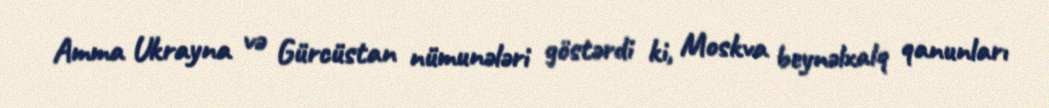
Amma Ukrayna və Gürcüstan nümunələri göstərdi ki, Moskva beynəlxalq qanunları